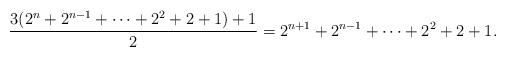
LaTeX: \begin{align*} \frac{3(2^{n}+2^{n-1} + \cdots + 2^2+2+1)+1}{2} = 2^{n+1}+2^{n-1} +\cdots + 2^2+2+1. \end{align*}